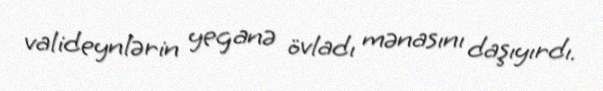
valideynlərin yeganə övladı mənasını daşıyırdı.